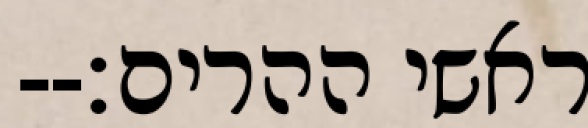
ראשי ההרים׃--